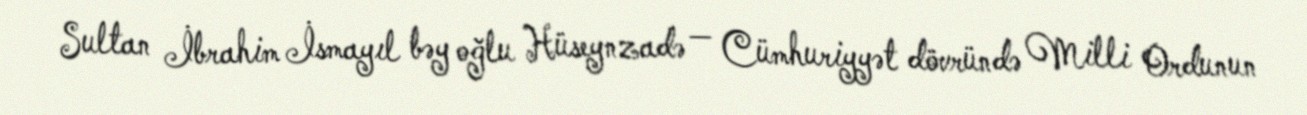
Sultan İbrahim İsmayıl bəy oğlu Hüseynzadə — Cümhuriyyət dövründə Milli Ordunun